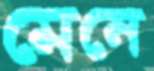
মেনে